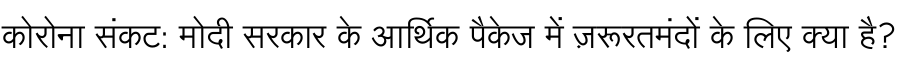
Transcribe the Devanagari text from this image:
कोरोना संकट: मोदी सरकार के आर्थिक पैकेज में ज़रूरतमंदों के लिए क्या है?